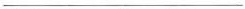
\underline